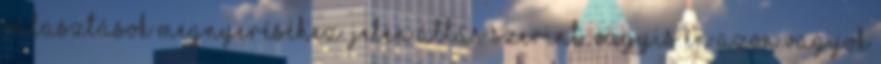
választások megnyeréséhez. Jelen állás szerint. Vagyis én azon vagyok